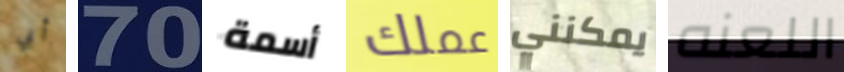
أبي 70 أسمة عملك يمكنني اللعنه